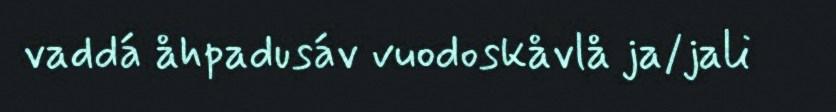
vaddá åhpadusáv vuodoskåvlå ja/jali